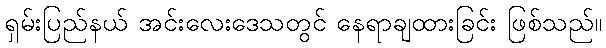
ရှမ်းပြည်နယ် အင်းလေးဒေသတွင် နေရာချထားခြင်း ဖြစ်သည်။